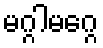
မဂ္ဂါမဂ္ဂေ